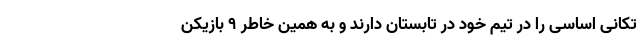
تکانی اساسی را در تیم خود در تابستان دارند و به همین خاطر ۹ بازیکن